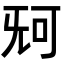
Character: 𣄰